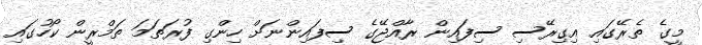
މީގެ ތެރޭގައި އިގިރޭސި ސިފައިން ރާއްޖޭގެ ސިފައިންނަށް ހިންގި ފުރަތަމަ ތަމްރީން ކޯހުގައި